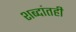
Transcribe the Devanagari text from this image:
शब्दांतही